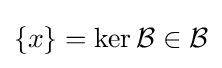
\{x\}=\ker {\mathcal {B}}\in {\mathcal {B}}